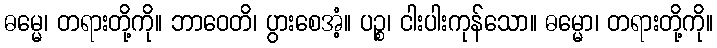
ဓမ္မေ၊ တရားတို့ကို။ ဘာဝေတိ၊ ပွားစေအံ့။ ပဉ္စ၊ ငါးပါးကုန်သော။ ဓမ္မော၊ တရားတို့ကို။